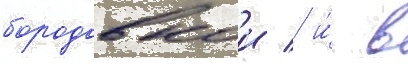
бородавкои / и́ в